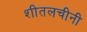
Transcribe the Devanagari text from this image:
शीतलचीनी